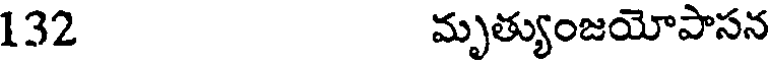
132 మృత్యుంజయోపాసన